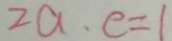
2 a \cdot e = 1